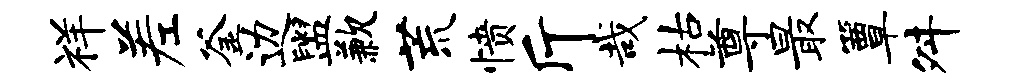
祥差釜边盥歉荒愤斤哉枯尊最簟舛